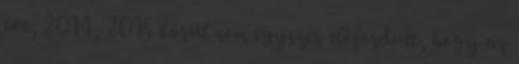
éve, 2014, 2015 körül nem egyszer előfordult, hogy az